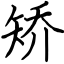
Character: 矫